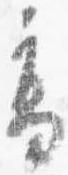
高